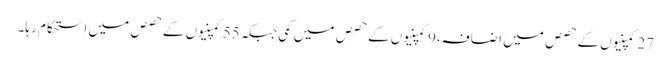
27کمپنیوں کے حصص میں اضافہ،9کمپنیوں کے حصص میں کمی جبکہ55کمپنیوں کے حصص میں استحکام رہا۔